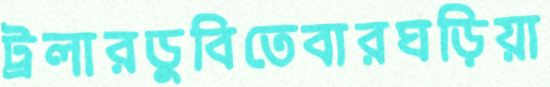
ট্রলারডুবিতেবারঘড়িয়া